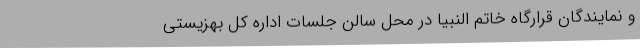
و نمایندگان قرارگاه خاتم النبیا در محل سالن جلسات اداره کل بهزیستی